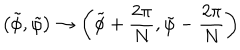
LaTeX: \left( \tilde { \phi } , \tilde { \varphi } \right) \rightarrow \left( \tilde { \phi } + \frac { 2 \pi } { N } , \tilde { \varphi } - \frac { 2 \pi } { N } \right)